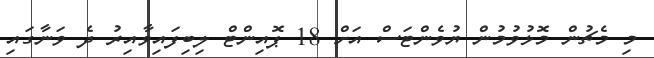
މި މެޗުން މޮޅުވުމުން ޔުވެންޓަސް އަށް 18 ޕޮއިންޓް ލިބިފައިވާއިރު ދެ ވަނާގައި